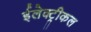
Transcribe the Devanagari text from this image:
ईलेक्ट्रीकल